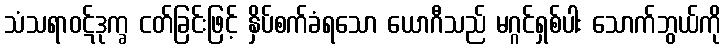
သံသရာဝဋ်ဒုက္ခ ငတ်ခြင်းဖြင့် နှိပ်စက်ခံရသော ယောဂီသည် မဂ္ဂင်ရှစ်ပါး သောက်ဘွယ်ကို